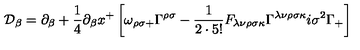
\mathcal { D } _ { \beta } = \partial _ { \beta } + \frac { 1 } { 4 } \partial _ { \beta } x ^ { + } \left[ \omega _ { \rho \sigma + } \Gamma ^ { \rho \sigma } - \frac { 1 } { 2 \cdot 5 ! } F _ { \lambda \nu \rho \sigma \kappa } \Gamma ^ { \lambda \nu \rho \sigma \kappa } i \sigma ^ { 2 } \Gamma _ { + } \right]